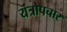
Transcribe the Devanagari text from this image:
यंत्रोपचार